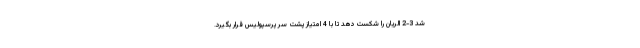
شد 3-2 الریان را شکست دهد تا با 4 امتیاز پشت سر پرسپولیس قرار بگیرد.